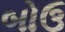
બોઉ